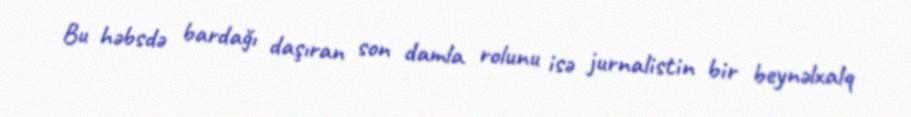
Bu həbsdə bardağı daşıran son damla rolunu isə jurnalistin bir beynəlxalq